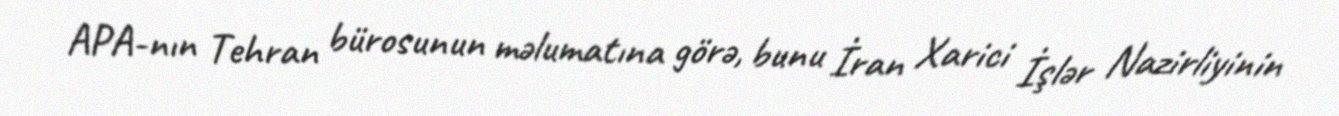
APA-nın Tehran bürosunun məlumatına görə, bunu İran Xarici İşlər Nazirliyinin